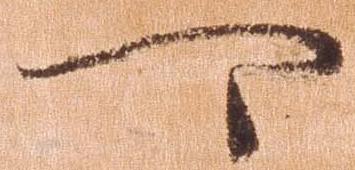
可